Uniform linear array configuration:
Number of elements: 8
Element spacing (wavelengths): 0.5
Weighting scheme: exponential
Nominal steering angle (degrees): -60
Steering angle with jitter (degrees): -59.207
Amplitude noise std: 0.05
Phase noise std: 0.05

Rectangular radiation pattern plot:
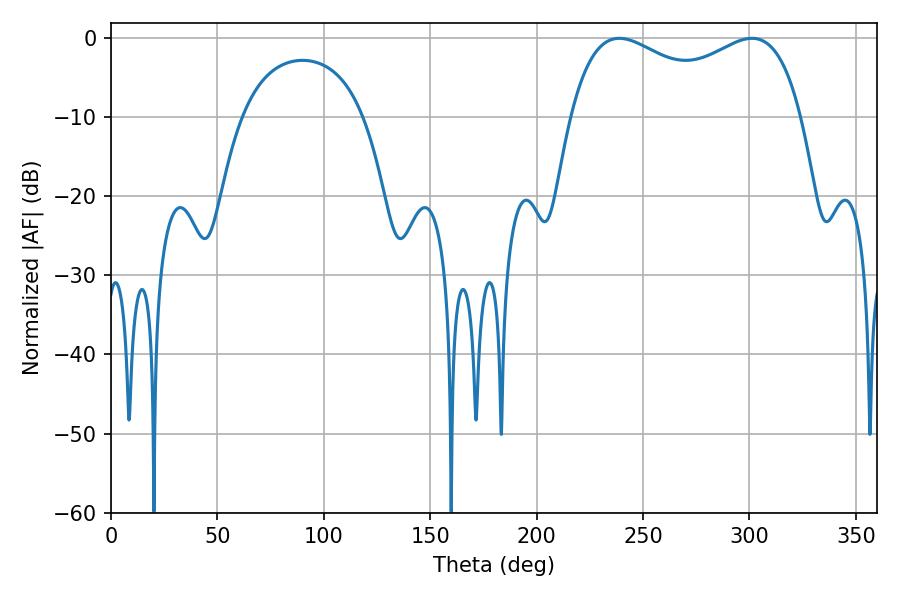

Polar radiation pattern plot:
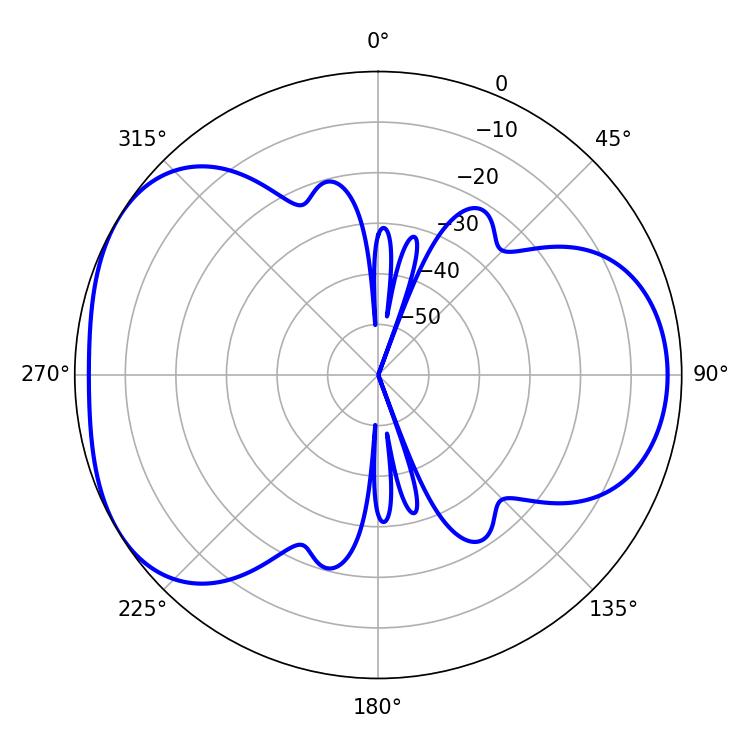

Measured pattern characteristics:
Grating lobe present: FALSE
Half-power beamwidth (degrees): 90
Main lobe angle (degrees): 238.86